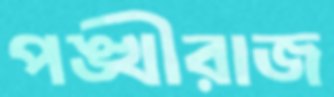
পঙ্খীরাজ